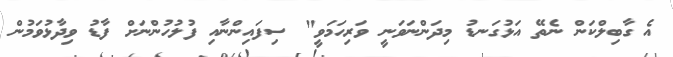
އެ ގާބިލްކަން ނެތޭ އަޅުގަނޑު މިދަންނަވަނީ ވަރިހަމަވީ" ސިފައިންނާއި ފުލުހުންނަށް ފާޑު ވިދާޅުވަމުން